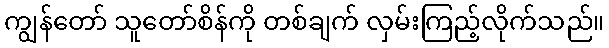
ကျွန်တော် သူတော်စိန်ကို တစ်ချက် လှမ်းကြည့်လိုက်သည်။